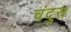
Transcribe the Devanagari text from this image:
चंदुस